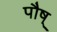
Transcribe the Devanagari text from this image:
पौष्